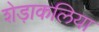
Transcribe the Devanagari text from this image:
शेड़ाकलिया